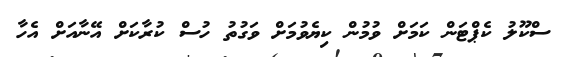
ސްކޫލު ކެޕްޓަން ކަމަށް ވުމުން ކިޔެވުމަށް ވަގުތު ހުސް ކުރާކަށް އޭނާއަށް އެހާ